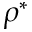
\rho ^ { * }